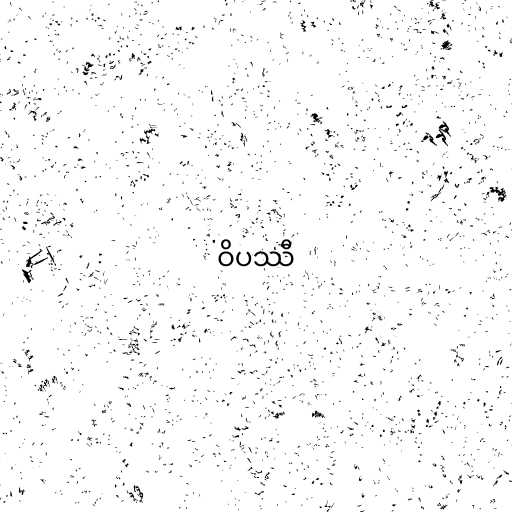
ဝိပဿီ